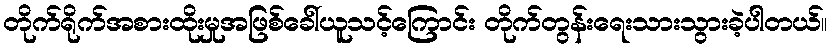
တိုက်ရိုက်အစားထိုးမှုအဖြစ်ခေါ်ယူသင့်ကြောင်း တိုက်တွန်းရေးသားသွားခဲ့ပါတယ်။